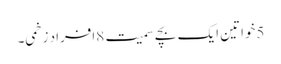
5خواتین ایک بچے سمیت 8افراد زخمی۔